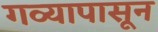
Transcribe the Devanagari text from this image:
गव्यापासून